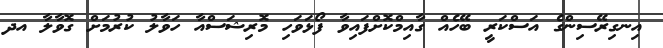
އިނގިރޭސިންގެ އަސްކަރީ ބޭހެއް ގާއިމްކޮށްފައިވާ ފޯޅަވަހި މޮރިޝަސްއާ ހަވާލު ކުރުމަށް ގޮވާލާ އދ